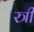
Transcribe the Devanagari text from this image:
स्त्री